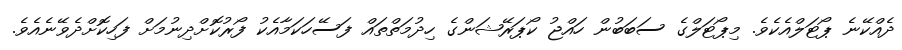
ދެއްކޭނެ ޕޯޓަލްއެކެވެ. މިޕޯޓަލްގެ ސަބަބުން ހައްޖު ކޯޕަރޭޝަންގެ ހިދުމަތްތައް ފަސޭހަކަމާއެކު ފޯރުކޮށްދިނުމަށް ފަހިކޮށްދެވޭނެއެވެ.